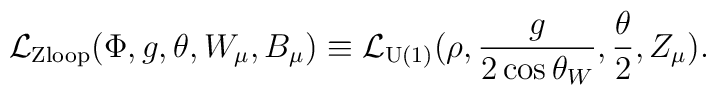
{\cal L}_{{\rm Z loop}}(\Phi, g, \theta, W_{\mu}, B_{\mu}) \equiv {\cal L}_{\rm U(1)}(\rho,\frac{g}{2\cos \theta_{W}},\frac{\theta}{2},Z_{\mu}).